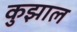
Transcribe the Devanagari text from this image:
कुझाल